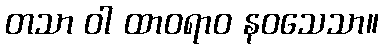
တသာ ဝါ ထာဝရာဝ နဝသေသာ။